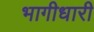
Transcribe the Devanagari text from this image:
भागीधारी